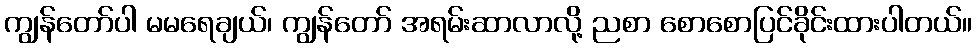
ကျွန်တော်ပါ မမရေချယ်၊ ကျွန်တော် အရမ်းဆာလာလို့ ညစာ စောစောပြင်ခိုင်းထားပါတယ်။